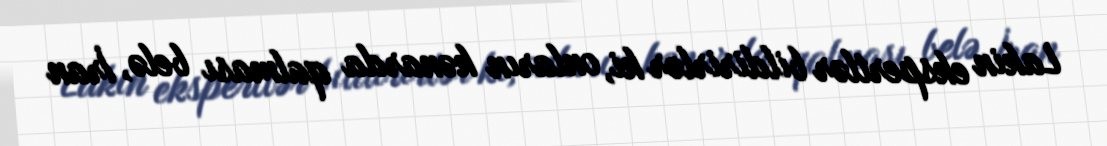
Lakin ekspertlər bildirirlər ki, onların kənarda qalması belə, İran